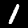
Digit: 1